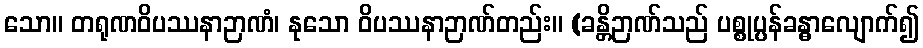
သော။ တရုဏဝိပဿနာဉာဏံ၊ နုသော ဝိပဿနာဉာဏ်တည်း။ (ခန္တိဉာဏ်သည် ပစ္စုပ္ပန်ခန္ဓာလျောက်၍